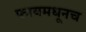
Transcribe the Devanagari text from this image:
फायमधूनच